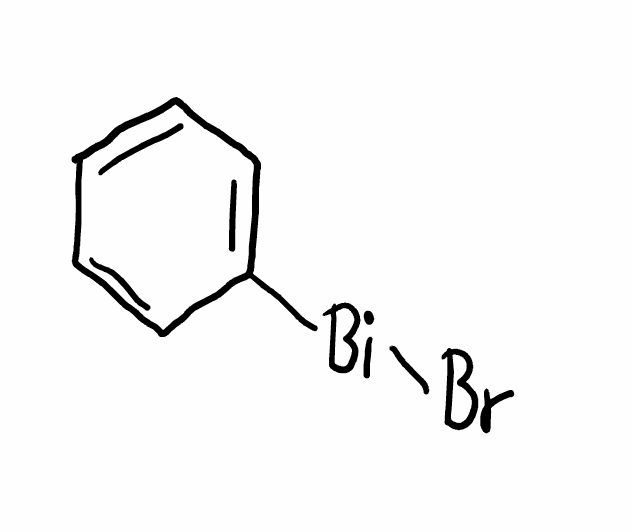
Simplified molecular-input line-entry system (SMILES) notation of the given molecule:
C1=CC=C(C=C1)[Bi]Br